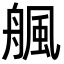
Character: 䑺